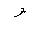
Letter: _waw